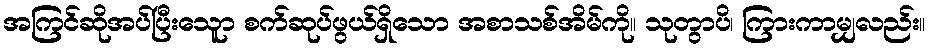
အကြင်ဆိုအပ်ပြီးသေူာ စက်ဆုပ်ဖွယ်ရှိသော အစာသစ်အိမ်ကို။ သုတွာပိ၊ ကြားကာမျှလည်း။